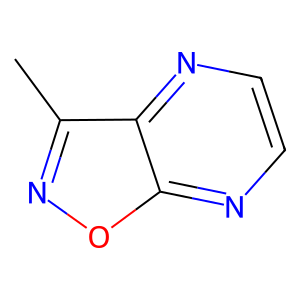
SMILES: Cc1noc2nccnc12
Inhibits HIV replication: No